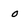
Character: o